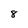
Character: 8